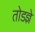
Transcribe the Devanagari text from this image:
तोडज्ञे